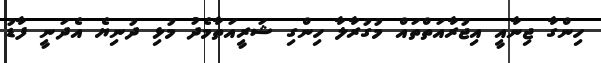
ހިންގާ ޖިނާއީ އިޖުރާއަތްތައް މުގުރާލާ ހިންގި ޝަރީއަތާމެދު މުޅި ދުނިޔެ އެދަނީ ފާޑު